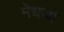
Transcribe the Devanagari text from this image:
मेधजो